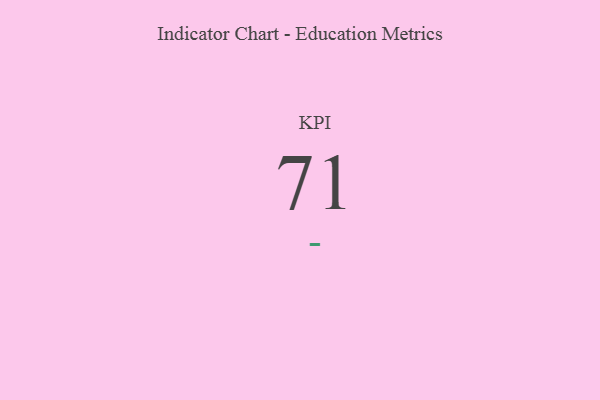
{"axis": {"x": "KPI", "y": "Value"}, "legend": [""], "data": [{"x": "KPI", "y": 71, "type": ""}]}